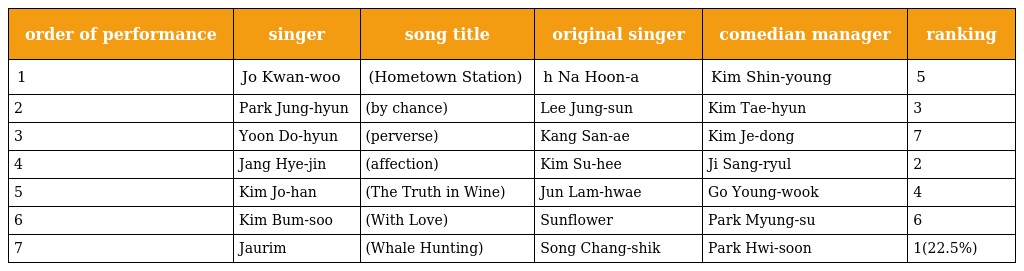
| order of performance | singer | song title | original singer | comedian manager | ranking |
 | --- | --- | --- | --- | --- | --- |
 | 1 | Jo Kwan-woo | 고향역(Hometown Station) | h Na Hoon-a | Kim Shin-young | 5 |
 | 2 | Park Jung-hyun | 우연히(by chance) | Lee Jung-sun | Kim Tae-hyun | 3 |
 | 3 | Yoon Do-hyun | 삐딱하게(perverse) | Kang San-ae | Kim Je-dong | 7 |
 | 4 | Jang Hye-jin | 애모(affection) | Kim Su-hee | Ji Sang-ryul | 2 |
 | 5 | Kim Jo-han | 취중진담(The Truth in Wine) | Jun Lam-hwae | Go Young-wook | 4 |
 | 6 | Kim Bum-soo | 사랑으로(With Love) | Sunflower | Park Myung-su | 6 |
 | 7 | Jaurim | 고래사냥(Whale Hunting) | Song Chang-shik | Park Hwi-soon | 1(22.5%) |